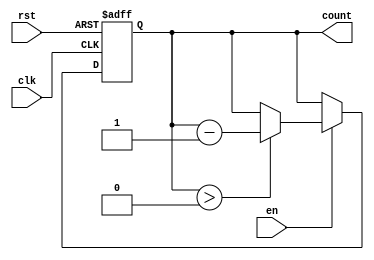
module decremental_counter #(
    parameter WIDTH = 4,           // Bit width of the counter
    parameter MAX_COUNT = 15       // Maximum count value (2^WIDTH - 1)
)(
    input wire clk,                // Clock signal
    input wire rst,                // Asynchronous reset signal
    input wire en,                 // Enable signal
    output reg [WIDTH-1:0] count   // Current count value
);

    // Asynchronous reset logic
    always @(posedge clk or posedge rst) begin
        if (rst) begin
            count <= MAX_COUNT;     // Reset to maximum count value
        end else if (en) begin
            if (count > 0) begin
                count <= count - 1; // Decrement the counter
            end
            // If count is 0, it holds the value (no underflow)
        end
    end

endmodule